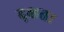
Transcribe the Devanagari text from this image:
द्क्षता